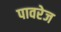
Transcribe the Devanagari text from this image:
पावरेज